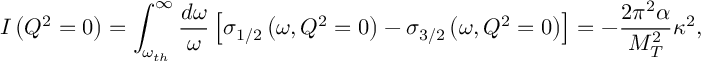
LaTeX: I \left( Q ^ { 2 } = 0 \right) = \int _ { \omega _ { t h } } ^ { \infty } \frac { d \omega } { \omega } \left[ \sigma _ { 1 / 2 } \left( \omega , Q ^ { 2 } = 0 \right) - \sigma _ { 3 / 2 } \left( \omega , Q ^ { 2 } = 0 \right) \right] = - \frac { 2 \pi ^ { 2 } \alpha } { M _ { T } ^ { 2 } } \kappa ^ { 2 } ,